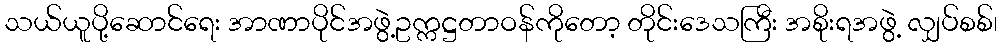
သယ်ယူပို့ဆောင်ရေး အာဏာပိုင်အဖွဲ့ဥက္ကဋ္ဌတာဝန်ကိုတော့ တိုင်းဒေသကြီး အစိုးရအဖွဲ့ လျှပ်စစ်၊